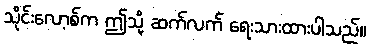
သိုင်းလော့စ်က ဤသို့ ဆက်လက် ရေးသားထားပါသည်။